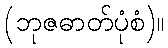
(ဘုဇဓာတ်ပုံစံ)။